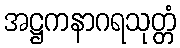
အဋ္ဌကနာဂရသုတ္တံ